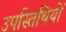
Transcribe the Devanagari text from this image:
उपस्तिथियों